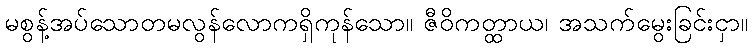
မစွန့်အပ်သောတမလွန်လောကရှိကုန်သော။ ဇီဝိကတ္ထာယ၊ အသက်မွေးခြင်းငှာ။